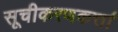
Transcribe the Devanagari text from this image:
सूचीकरणकर्त्ता